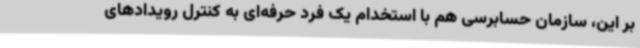
بر این، سازمان حسابرسی هم با استخدام یک فرد حرفه‌ای به کنترل رویدادهای